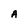
Character: A